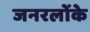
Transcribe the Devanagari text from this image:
जनरलोंके